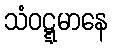
သံဝဋ္ဋမာနေ